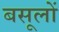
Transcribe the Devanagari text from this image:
बसूलों